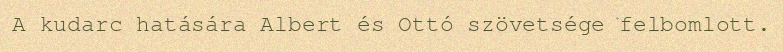
A kudarc hatására Albert és Ottó szövetsége felbomlott.